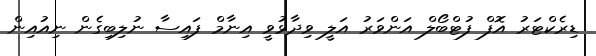
ޑިރެކްޓަރު އޮފް ފުޓްބޯލް އަންވަރު އަލީ ވިދާޅުވީ އިނާމް ފައިސާ ނުލިބިގެން ނިއުއިން